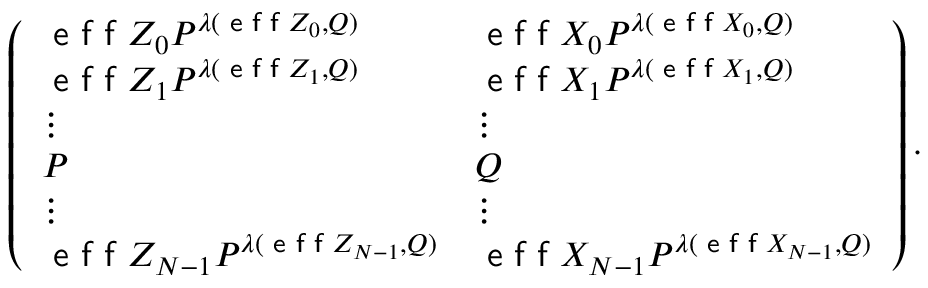
\begin{array} { r l } & { \left( \begin{array} { l l } { \textsf { e f f } Z _ { 0 } P ^ { \lambda ( \textsf { e f f } Z _ { 0 } , Q ) } } & { \textsf { e f f } X _ { 0 } P ^ { \lambda ( \textsf { e f f } X _ { 0 } , Q ) } } \\ { \textsf { e f f } Z _ { 1 } P ^ { \lambda ( \textsf { e f f } Z _ { 1 } , Q ) } } & { \textsf { e f f } X _ { 1 } P ^ { \lambda ( \textsf { e f f } X _ { 1 } , Q ) } } \\ { \vdots } & { \vdots } \\ { P } & { Q } \\ { \vdots } & { \vdots } \\ { \textsf { e f f } Z _ { N - 1 } P ^ { \lambda ( \textsf { e f f } Z _ { N - 1 } , Q ) } } & { \textsf { e f f } X _ { N - 1 } P ^ { \lambda ( \textsf { e f f } X _ { N - 1 } , Q ) } } \end{array} \right) . } \end{array}